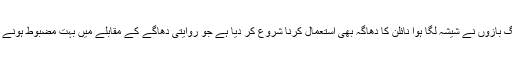
گذشتہ چند برسوں سے بہت سے پتنگ بازوں نے شیشہ لگا ہوا نائلن کا دھاگہ بھی استعمال کرنا شروع کر دیا ہے جو روایتی دھاگے کے مقابلے میں بہت مضبوط ہونے کے ساتھ ہی خطرناک بھی ہوتا ہے۔